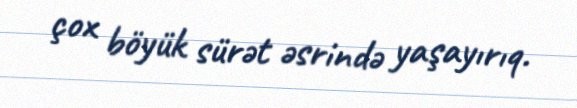
çox böyük sürət əsrində yaşayırıq.